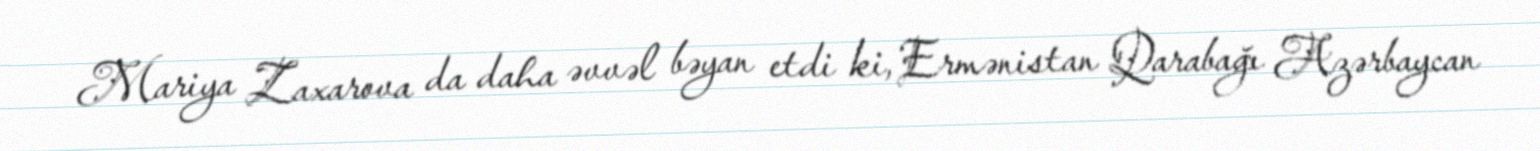
Mariya Zaxarova da daha əvvəl bəyan etdi ki, Ermənistan Qarabağı Azərbaycan